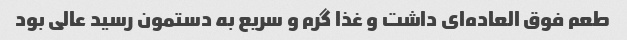
طعم فوق العاده‌ای داشت و غذا گرم و سریع به دستمون رسید عالی بود